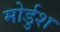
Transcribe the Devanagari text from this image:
मोर्डुश